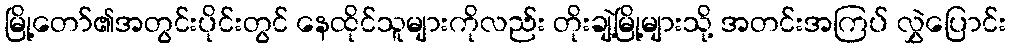
မြို့တော်၏အတွင်းပိုင်းတွင် နေထိုင်သူများကိုလည်း တိုးချဲ့မြို့များသို့ အတင်းအကြပ် လွှဲပြောင်း